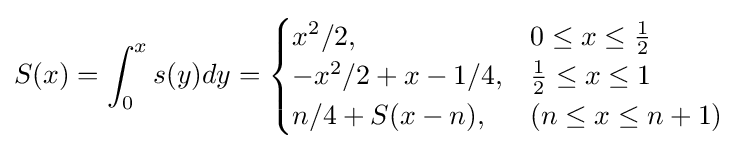
S(x)=\int _{0}^{x}s(y)dy={\begin{cases}x^{2}/2,&0\leq x\leq {\frac {1}{2}}\\-x^{2}/2+x-1/4,&{\frac {1}{2}}\leq x\leq 1\\n/4+S(x-n),&(n\leq x\leq n+1)\end{cases}}